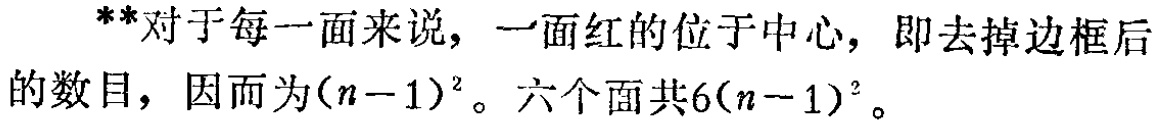
**对于每一面来说，一面红的位于中心，即去掉边框后

的数目，因而为\((n - 1)^2\)。六个面共\(6(n - 1)^2\)。**